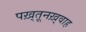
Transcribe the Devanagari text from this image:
पख़्तूनख़्वाह